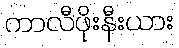
ကာလီဖိုးနီးယား